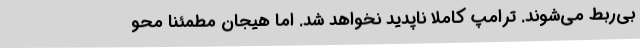
بی‌ربط می‌شوند. ترامپ کاملا ناپدید نخواهد شد. اما هیجان مطمئناً محو